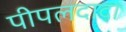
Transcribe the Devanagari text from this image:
पीपलदादा